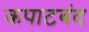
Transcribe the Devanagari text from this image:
कपाटबंद